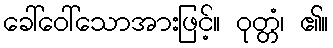
ခေါ်ဝေါ်သောအားဖြင့်။ ဝုတ္တံ၊ ၏။